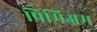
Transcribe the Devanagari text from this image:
प्रिमिअम